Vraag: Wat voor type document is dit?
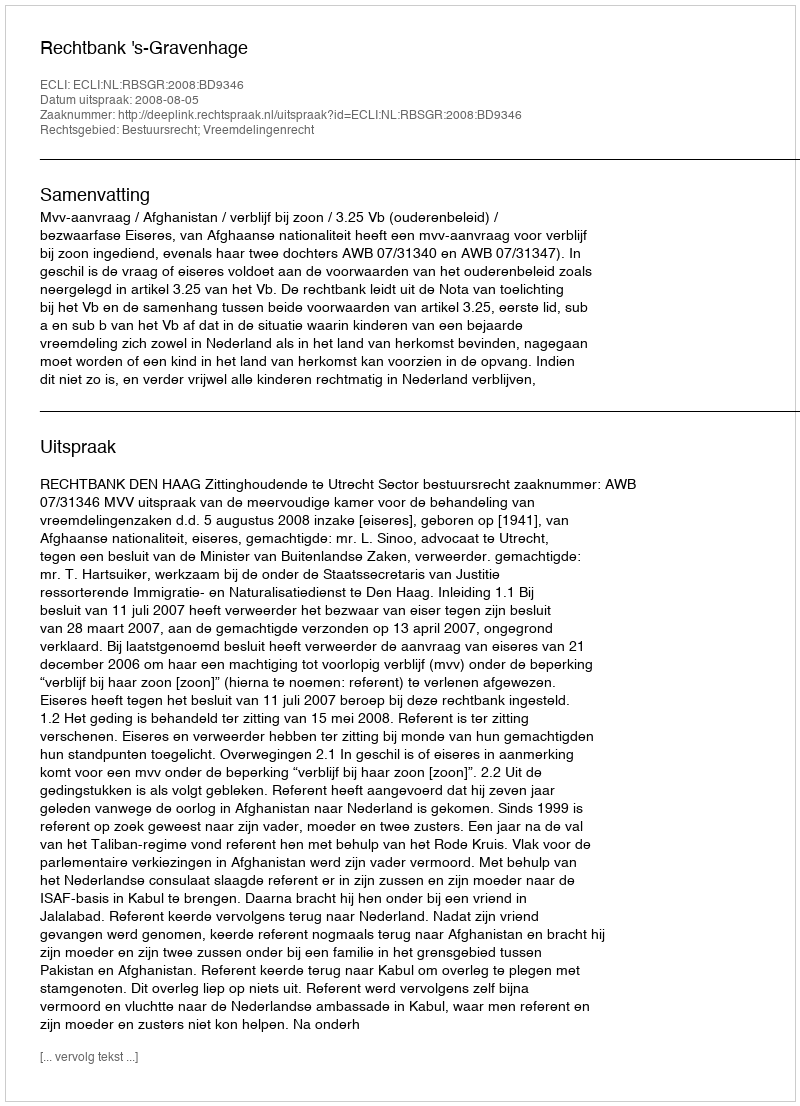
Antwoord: Uitspraak